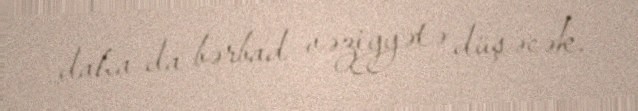
daha da bərbad vəziyyətə düşəcək.